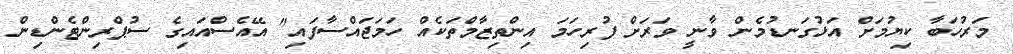
މަރުހަބާ ކިޔުމަށް އަޅުގަނޑުމެން ވާނީ ވަރަށް ފުރިހަމަ އިންތިޒާމްތަކެއް ހަމަޖައްސާފައި" އޭއެސްއައިގެ ސުޕްރިންޓެންޑިން